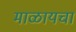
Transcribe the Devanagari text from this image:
माळायचा